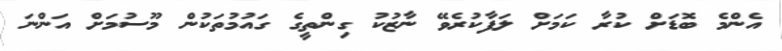
އެންމެ ބޮޑަށް ކުރާ ކަމަށް ލަފާކުރެވޭ ނާޒުކު ގިންތީގެ ގައުމުތަކުން މޫސުމަށް އަންނަ